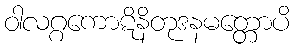
ဝါလဂ္ဂကောဋိနိတုဒနမတ္တောပိ